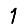
Digit: 1